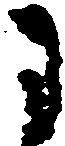
に